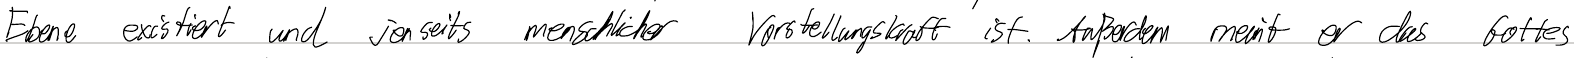
Ebene existiert und jenseits menschlicher Vorstellungskraft ist. Außerdem meint er das Gottes